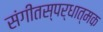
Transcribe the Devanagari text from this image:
संगीतस्पर्धात्मक